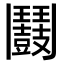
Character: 𩰛